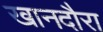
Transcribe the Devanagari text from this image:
खानदौरा